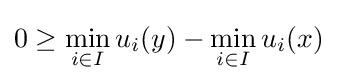
0\geq \min _{i\in I}u_{i}(y)-\min _{i\in I}u_{i}(x)